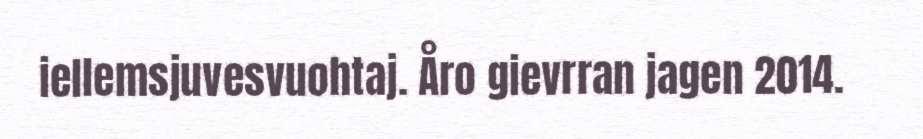
iellemsjuvesvuohtaj. Åro gievrran jagen 2014.